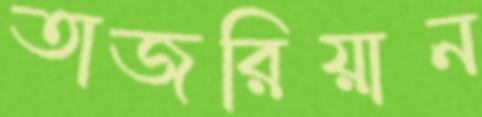
তাজরিয়ান